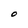
Character: O